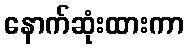
နောက်ဆုံးထားကာ